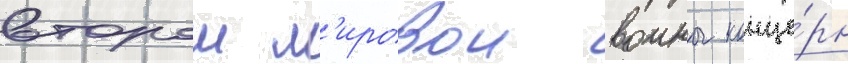
второи м'ировои воины конце́рн